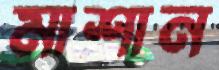
মাশান